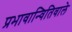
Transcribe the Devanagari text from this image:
प्रभावान्वितिवाले